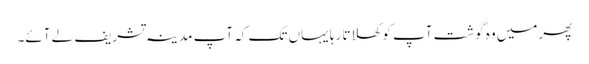
پھرمیں وہ گوشت آپ کو کھلاتا رہا یہاں تک کہ آپ مدینہ تشریف لے آئے۔